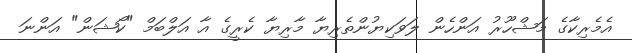
އެމެރިކާގެ މަޝްހޫރު އަންހެން ލަވަކިޔުންތެރިޔާ މާރިޔާ ކެރީގެ އާ އަލްބަމް "ކޯޝަން" އަންނަ